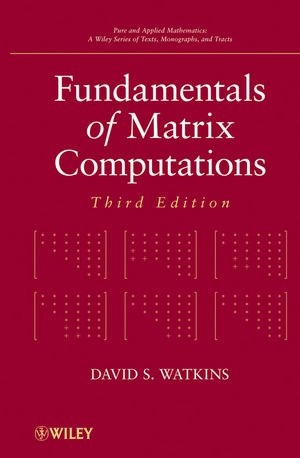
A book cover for Fundamentals of Matrix Computations; David S. Watkins; Science & Math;